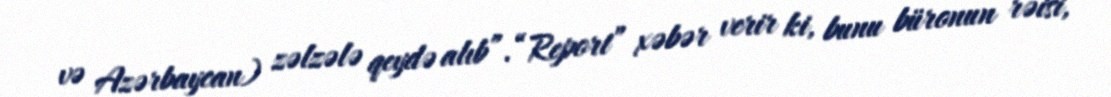
və Azərbaycan) zəlzələ qeydə alıb”.“Report” xəbər verir ki, bunu büronun rəisi,